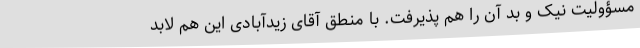
مسؤولیتِ نیک و بد آن را هم پذیرفت. با منطق آقای زیدآبادی این هم لابد